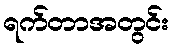
ရက်တာအတွင်း